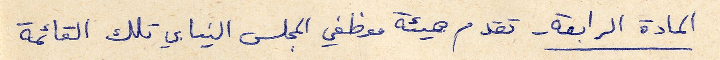
المادة الرابعة - تقدم هيئة موظفي المجلس النيابي تلك القائمة